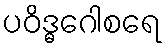
ပဝိဒ္ဓဂေါစရေ